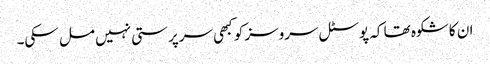
ان کا شکوہ تھا کہ پوسٹل سروسز کو کبھی سرپرستی نہیں مل سکی۔